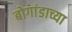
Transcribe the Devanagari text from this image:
बोगांडाच्या